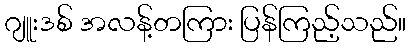
ဂျူးဒစ် အလန့်တကြား ပြန်ကြည့်သည်။